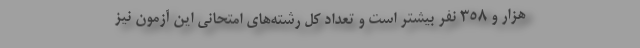
هزار و ۳۵۸ نفر بیشتر است و تعداد کل رشته‌های امتحانی این آزمون نیز